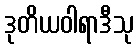
ဒုတိယဝါရာဒီသု